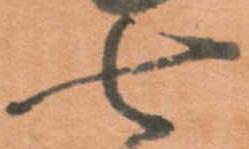
七